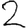
Digit: 2